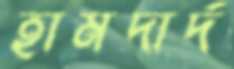
হামদার্দ